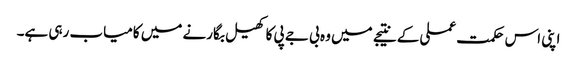
اپنی اس حکمت عملی کے نتیجے میں وہ بی جے پی کا کھیل بگارنے میں کامیاب رہی ہے۔